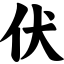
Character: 伏